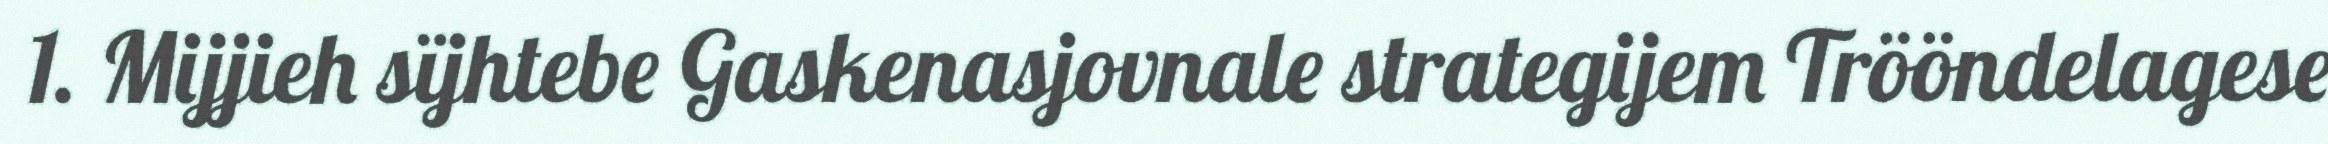
1. Mijjieh sïjhtebe Gaskenasjovnale strategijem Trööndelagese